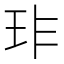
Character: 𤤃